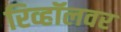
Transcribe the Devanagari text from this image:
रिव्हॉलवर